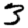
Digit: 3